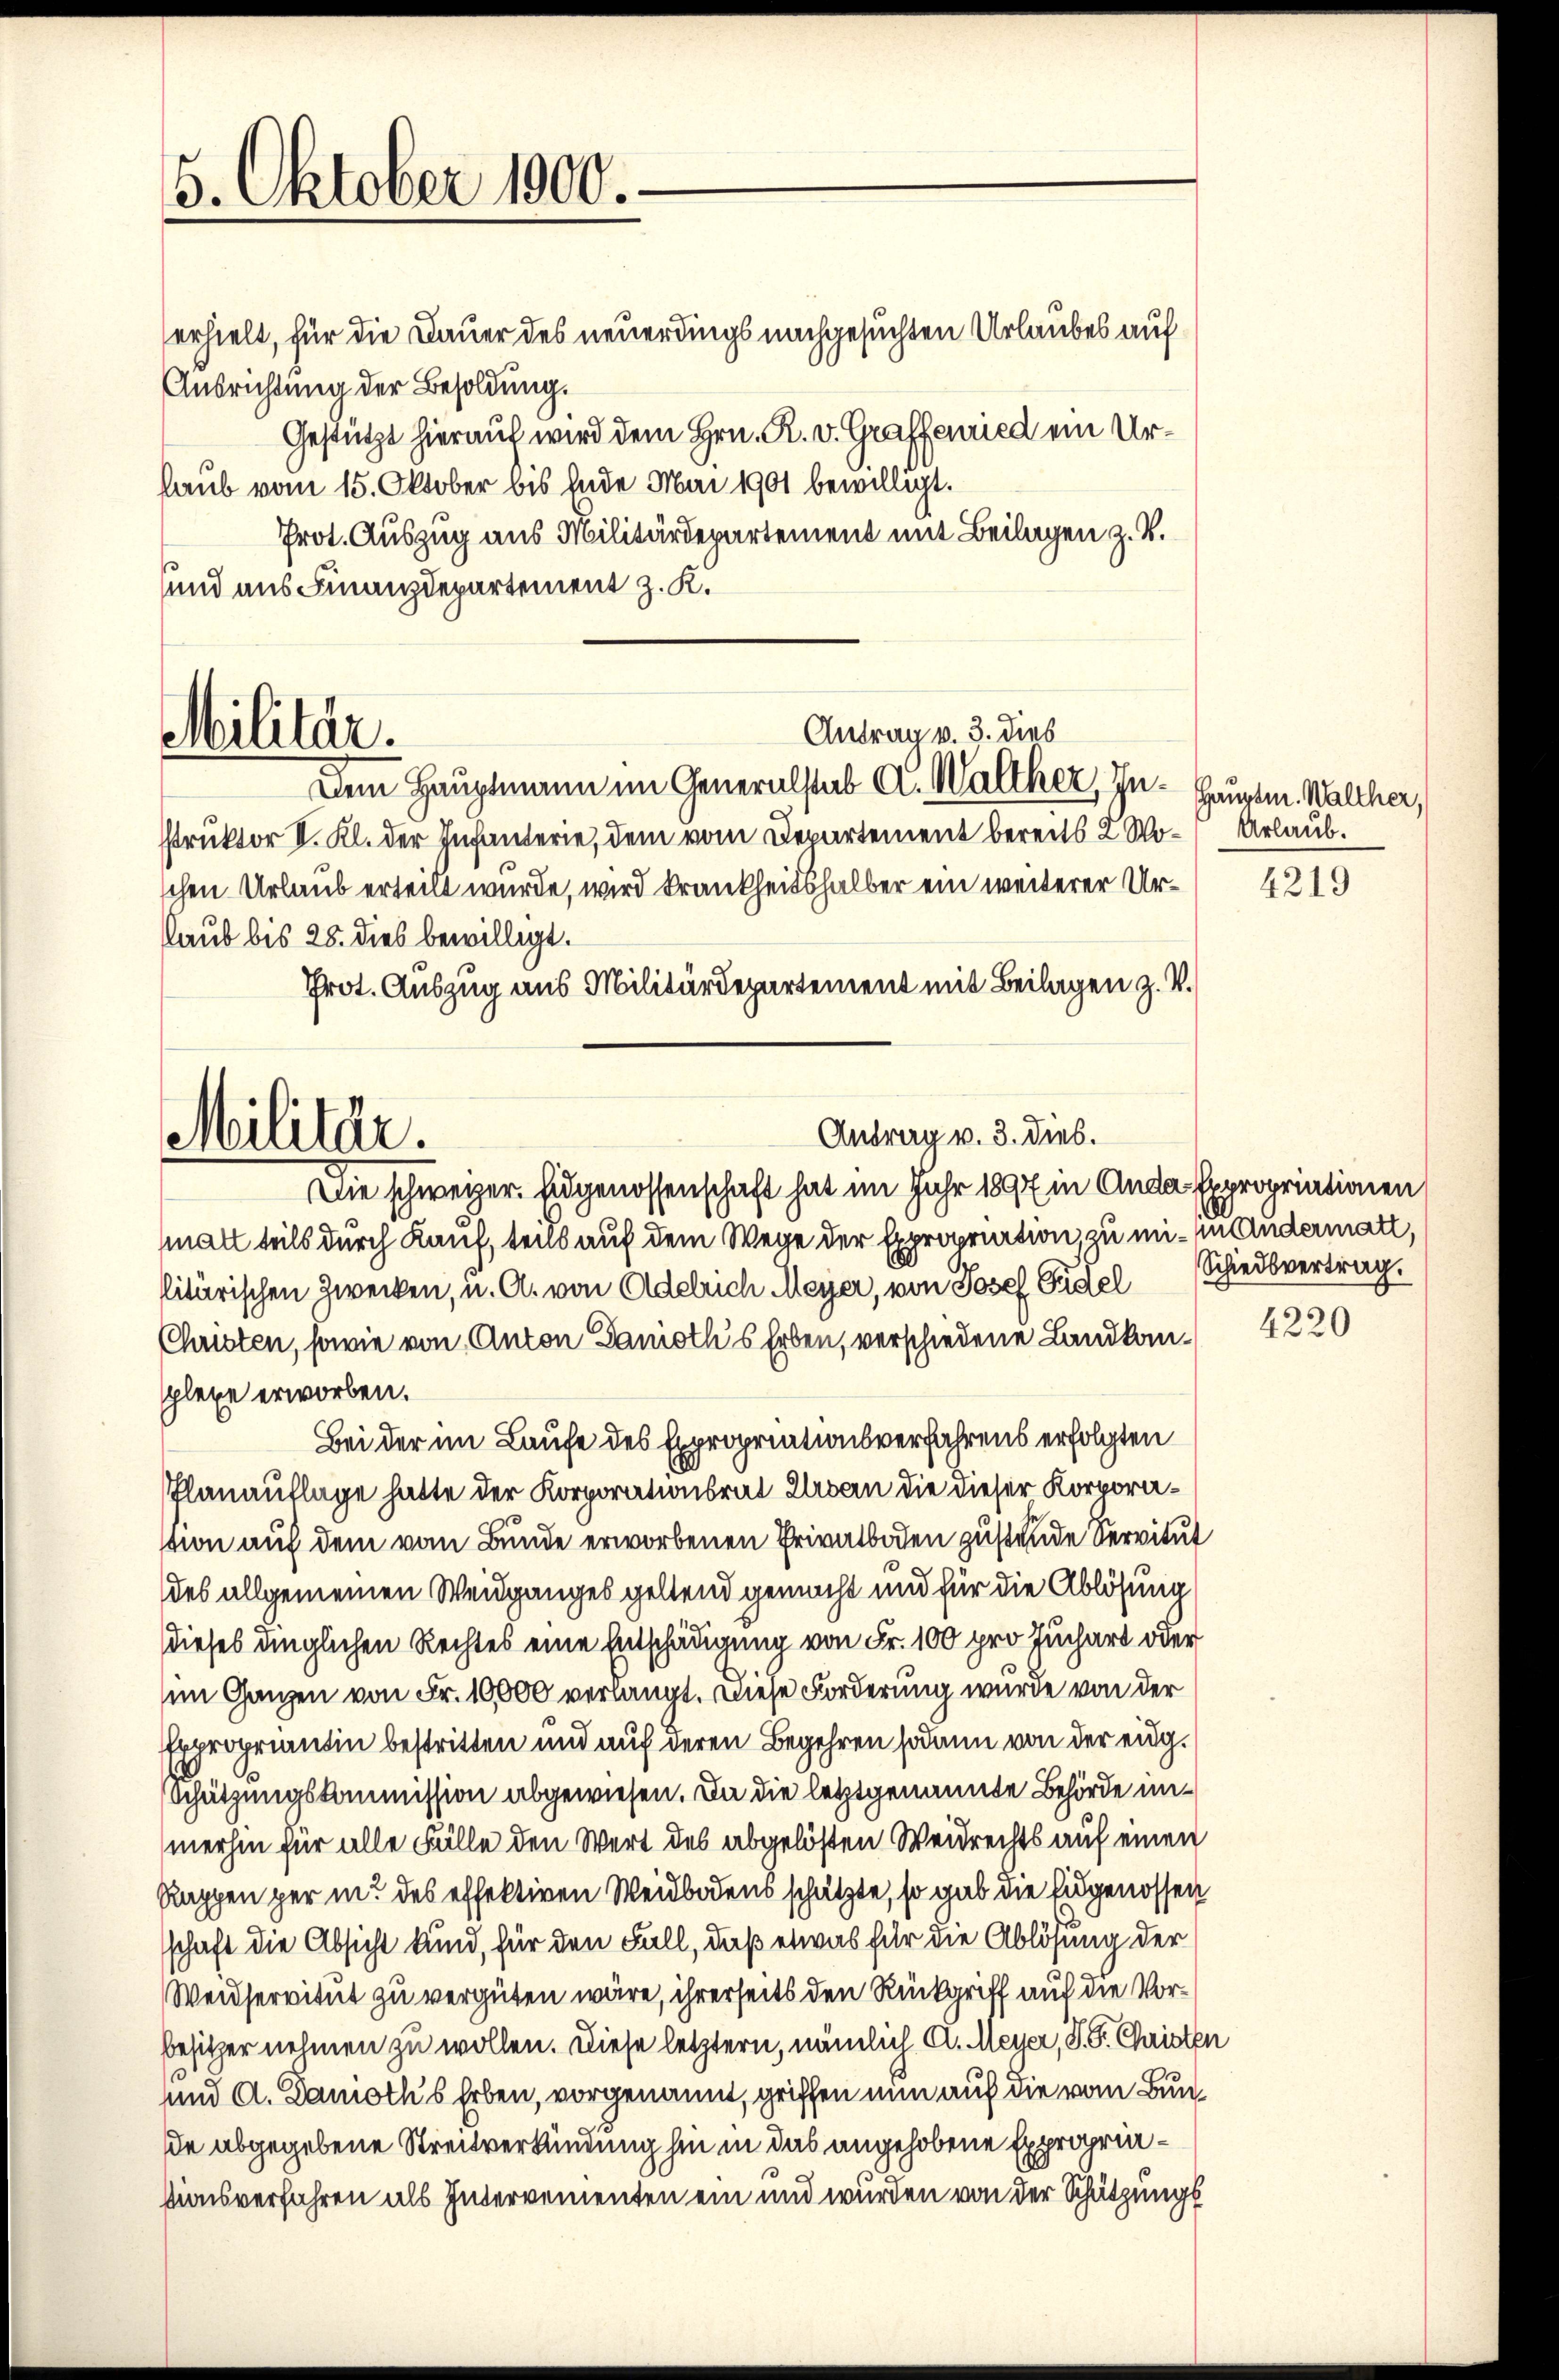
5. Oktober 1900.

Militär.

Militär.

Antrag v. 3. dies

Antrag v. 3. dies.

erhielt, für die Dauer des neuerdings nachgesuchten Urlaubes auf
Ausrichtung der Besoldung.
Gestützt hierauf wird dem Hrn. R. v. Graffenried ein Urlaub vom 15. Oktober bis Ende Mai 1901 bewilligt.
Prot. Auszug aus Militärdepartement mit Beilagen z. B.
sund aus Finanzdepartement z. K.
Dem Hauptmann im Generalstab A. Walther, In- Hauptm. Walcher,
struktor II. Kl. der Infanterie, dem vom Departement bereits 2 Wo-Urlaub.
schen Urlaub erteilt wurde, wird krankheitshalber ein weiterer Urlaub bis 25. dies bewilligt.
Prot. Auszug aus Militärdepartement mit Beilagen z. V.
Die schweizer. Eidgenossenschaft hat im Jahr 1894 in Ande Expropriationen
malt teils durch Kauf, teils auf dem Wege der Expropriation, zu mi- in Andermatt,
litärischen Zwecken, u. A. von Adelrich Meyer, von Josef Fidel Schiedsvertrag,
Christen, sowie von Anton Danioth's Erben, verschiedene Landkomplexe erworben.
Bei der im Laufe des Expropriationsverfahrens erfolgten
Planauflage hatte der Korporationsrat Erben die dieser Korporavion auf dem vom Bunde erworbenen Privatboden zustande Servitut
des allgemeinen Weidganges geltend gemacht und für die Ablösung
dieses dinglichen Rechtes eine Entschädigung von Fr. 100 pro Juchart oder
im Ganzen von Fr. 10000 verlangt. Diese Forderung wurde von der
Expropriantin bestritten und auf deren Begehren sodann von der eingsSchützungskommission abgewiesen. In die letztgenannte Behörde immerhin für alle Fälle den Wert des abgelösten Weidrechts auf einen
Rappen per in des effektiven Weidbodens schätzte, so gab die Eigenossen
sschaft die Absicht kund, für den Fall, daß etwas für die Ablösung der
Weidservitut zu vergüten wäre, ihrerseits den Rückgriff auf die Vorbesitzer nehmen zu wollen. Diese letztern, nämlich A. Meyer, S. Sr. Christen
und A. Daniotk’s Erben, vorgenannt, griffen nun auf die vom Bund
de abgegebene Streitverkündung hin in das angehobene Expropriationsverfahren als Intervementen ein und wurden von der Schützungs

4219

4220